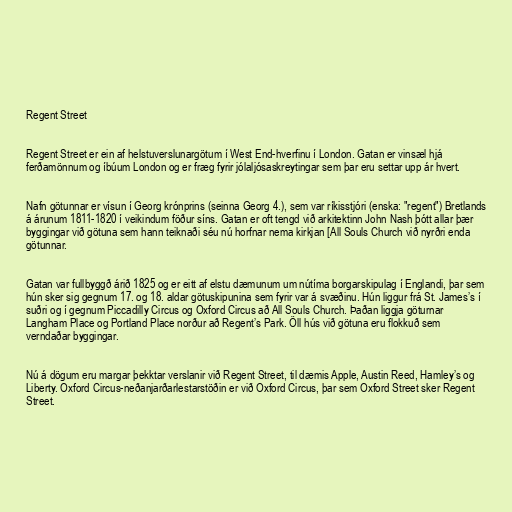
Regent Street

Regent Street er ein af helstuverslunargötum í West End-hverfinu í London. Gatan er vinsæl hjá
ferðamönnum og íbúum London og er fræg fyrir jólaljósaskreytingar sem þar eru settar upp ár hvert.

Nafn götunnar er vísun í Georg krónprins (seinna Georg 4.), sem var ríkisstjóri (enska: "regent") Bretlands
á árunum 1811-1820 í veikindum föður síns. Gatan er oft tengd við arkitektinn John Nash þótt allar þær
byggingar við götuna sem hann teiknaði séu nú horfnar nema kirkjan [All Souls Church við nyrðri enda
götunnar.

Gatan var fullbyggð árið 1825 og er eitt af elstu dæmunum um nútíma borgarskipulag í Englandi, þar sem
hún sker sig gegnum 17. og 18. aldar götuskipunina sem fyrir var á svæðinu. Hún liggur frá St. James’s í
suðri og í gegnum Piccadilly Circus og Oxford Circus að All Souls Church. Þaðan liggja göturnar
Langham Place og Portland Place norður að Regent’s Park. Öll hús við götuna eru flokkuð sem
verndaðar byggingar.

Nú á dögum eru margar þekktar verslanir við Regent Street, til dæmis Apple, Austin Reed, Hamley’s og
Liberty. Oxford Circus-neðanjarðarlestarstöðin er við Oxford Circus, þar sem Oxford Street sker Regent
Street.